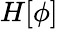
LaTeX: H[\phi]